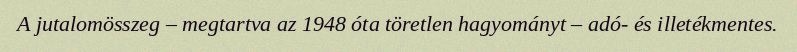
A jutalomösszeg – megtartva az 1948 óta töretlen hagyományt – adó- és illetékmentes.